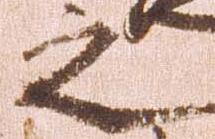
之